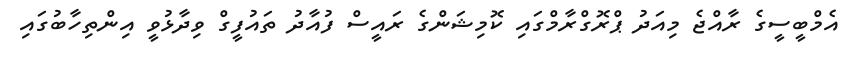
އެމްބީސީގެ ރާއްޖެ މިއަދު ޕްރޮގްރާމްގައި ކޮމިޝަންގެ ރައީސް ފުއާދު ތައުފީގް ވިދާޅުވީ އިންތިހާބުގައި